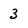
Character: 3